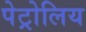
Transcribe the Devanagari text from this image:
पेट्रोलिय